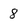
Character: 8